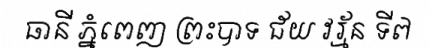
ធានី ភ្នំពេញ ព្រះបាទ ជ័យ វរ្ម័ន ទី៧